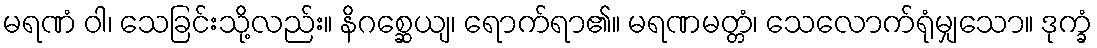
မရဏံ ဝါ၊ သေခြင်းသို့လည်း။ နိဂစ္ဆေယျ၊ ရောက်ရာ၏။ မရဏမတ္တံ၊ သေလောက်ရုံမျှသော။ ဒုက္ခံ